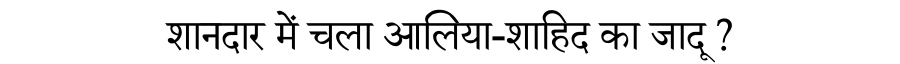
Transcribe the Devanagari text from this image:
शानदार में चला आलिया-शाहिद का जादू ?